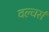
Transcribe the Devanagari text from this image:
वल्चर्स